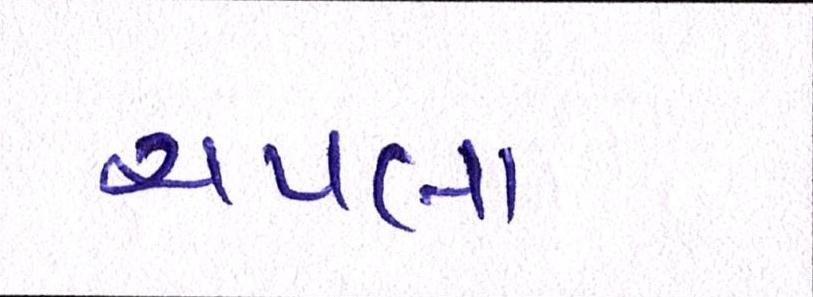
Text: ચપલા